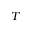
T